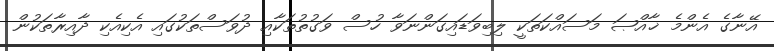
އޭނާގެ އެންމެ ޚާއްޞަ މަސައްކަތަކީ ލިބިވަޑައިގަންނަވާ ހުސް ވަގުތުތަކާއި ދުވަސްތަކުގައި އެކިއެކި ދާއިރާތަކުން